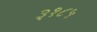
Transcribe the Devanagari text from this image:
३१८५